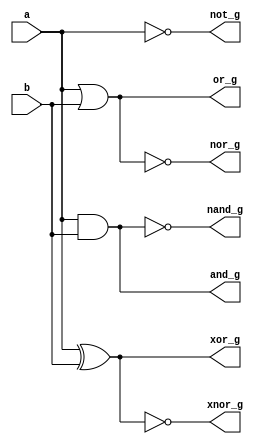
`timescale 1ns / 1ps

module logic_gates(
    input a, b,
    output reg and_g,
    output reg or_g,
    output reg not_g,
    output reg nand_g,
    output reg nor_g,
    output reg xor_g,
    output reg xnor_g
    );
    always@(*)
        begin
            and_g = a&b;
            or_g = a|b;
            not_g = ~a;
            nand_g = ~(a&b);
            nor_g = ~(a|b);
            xor_g = a^b;
            xnor_g = ~(a^b);
        end
    
endmodule